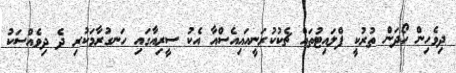
ދިވެހިން ހޯދަން ތުރުކީ ފްލައިޓުތައް ޗެކުކުރަނީއައިއެސްއާ އެކު ސީރިއާގައި ހަނގުރާމަކުރި ދެ ދިވެއްސަކު